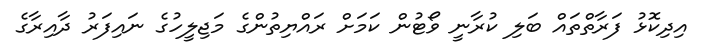
އިދިކޮޅު ފަރާތްތައް ބަލި ކުރާނީ ވޯޓުން ކަމަށް ރައްޔިތުންގެ މަޖިލީހުގެ ނައިފަރު ދާއިރާގެ